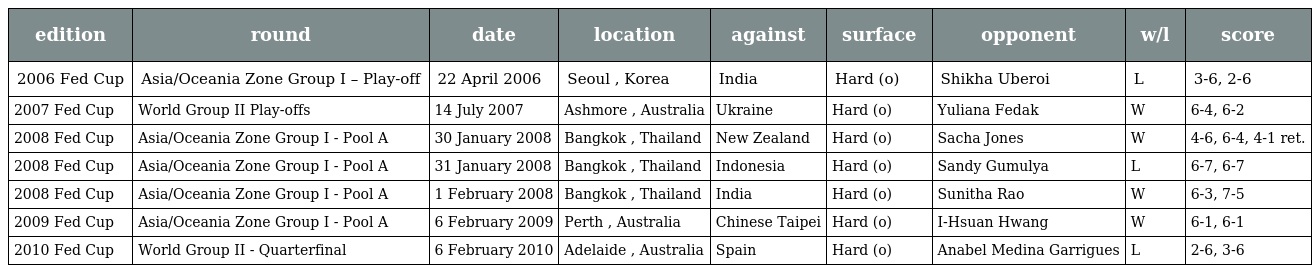
| edition | round | date | location | against | surface | opponent | w/l | score |
 | --- | --- | --- | --- | --- | --- | --- | --- | --- |
 | 2006 Fed Cup | Asia/Oceania Zone Group I – Play-off | 22 April 2006 | Seoul , Korea | India | Hard (o) | Shikha Uberoi | L | 3-6, 2-6 |
 | 2007 Fed Cup | World Group II Play-offs | 14 July 2007 | Ashmore , Australia | Ukraine | Hard (o) | Yuliana Fedak | W | 6-4, 6-2 |
 | 2008 Fed Cup | Asia/Oceania Zone Group I - Pool A | 30 January 2008 | Bangkok , Thailand | New Zealand | Hard (o) | Sacha Jones | W | 4-6, 6-4, 4-1 ret. |
 | 2008 Fed Cup | Asia/Oceania Zone Group I - Pool A | 31 January 2008 | Bangkok , Thailand | Indonesia | Hard (o) | Sandy Gumulya | L | 6-7, 6-7 |
 | 2008 Fed Cup | Asia/Oceania Zone Group I - Pool A | 1 February 2008 | Bangkok , Thailand | India | Hard (o) | Sunitha Rao | W | 6-3, 7-5 |
 | 2009 Fed Cup | Asia/Oceania Zone Group I - Pool A | 6 February 2009 | Perth , Australia | Chinese Taipei | Hard (o) | I-Hsuan Hwang | W | 6-1, 6-1 |
 | 2010 Fed Cup | World Group II - Quarterfinal | 6 February 2010 | Adelaide , Australia | Spain | Hard (o) | Anabel Medina Garrigues | L | 2-6, 3-6 |